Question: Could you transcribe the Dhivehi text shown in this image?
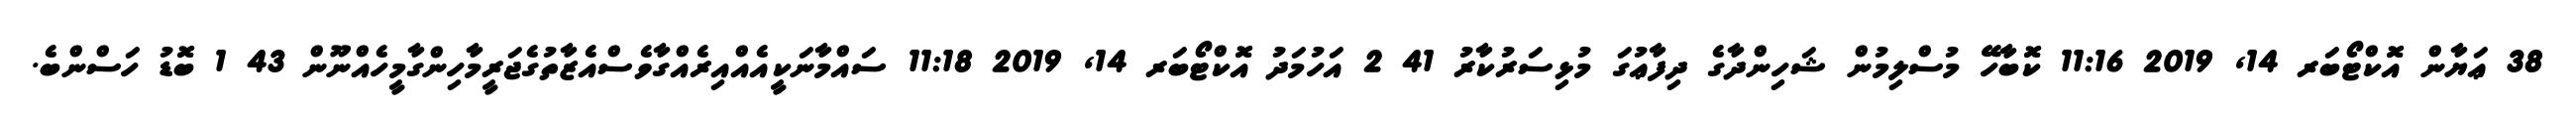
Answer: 38 ޢަޔާން އޮކްޓޯބަރ 14, 2019 11:16 ކޮބާހޭ މުސްލިމުން ޝަހިންދާގެ ދިފާޢުގަ މުޅިސަރުކާރު 41 2 އަހުމަދު އޮކްޓޯބަރ 14, 2019 11:18 ސައްމާނަކީއެއްއިރެއްގާވެސްއެޒާތުގެޖަރީމާހިންގާމީހެއްނޫން 43 1 ބޮޑު ހަސްންބެ.